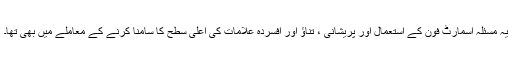
یہ مسئلہ اسمارٹ فون کے استعمال اور پریشانی ، تناؤ اور افسردہ علامات کی اعلی سطح کا سامنا کرنے کے معاملے میں بھی تھا۔